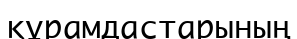
құрамдастарының